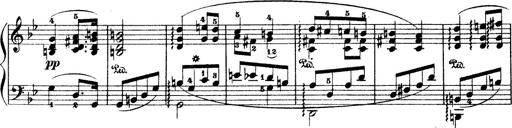
Title: Wagner-Liszt Album
Composer: Franz Liszt